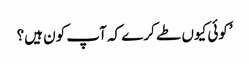
’کوئی کیوں طے کرے کہ آپ کون ہیں؟